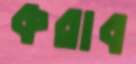
করাব